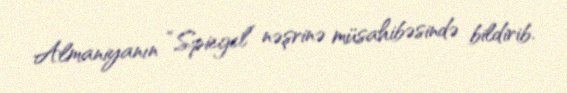
Almaniyanın “Spiegel” nəşrinə müsahibəsində bildirib.